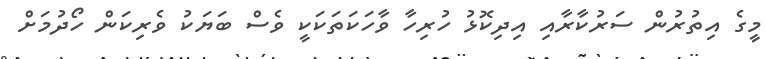
މީގެ އިތުރުން ސަރުކާރާއި އިދިކޮޅު ހުރިހާ ވާހަކަތަކަކީ ވެސް ބަޔަކު ވެރިކަން ހޯދުމަށް